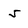
Character: 5